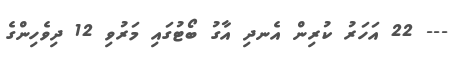
--- 22 އަހަރު ކުރިން އެނދި އާގު ބޯޓުގައި މަރުވި 12 ދިވެހިންގެ